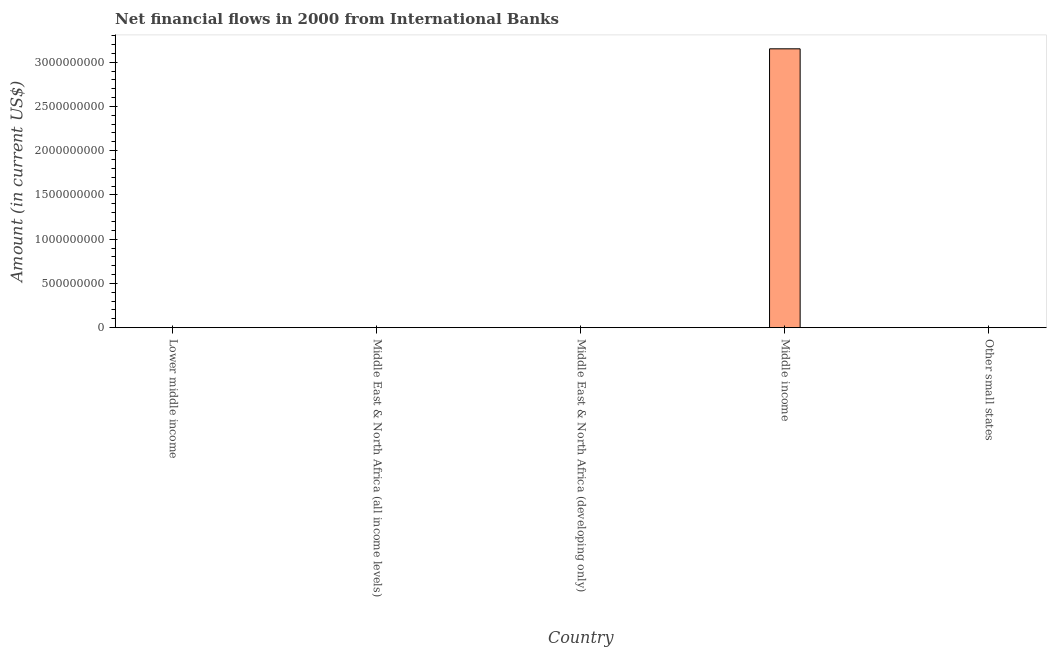
| Country | Net financial flows from IBRD |
 | --- | --- |
 | Lower middle income | -5.34e+08 |
 | Middle East & North Africa (all income levels) | -3.39e+08 |
 | Middle East & North Africa (developing only) | -3.36e+08 |
 | Middle income | 3.15e+09 |
 | Other small states | -2.05e+07 |